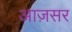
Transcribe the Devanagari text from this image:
आज़सर